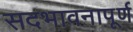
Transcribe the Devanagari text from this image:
सदभावनापूर्ण